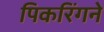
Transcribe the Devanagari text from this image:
पिकरिंगने